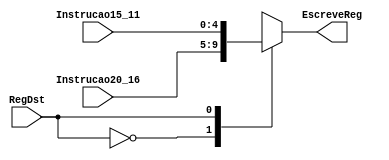
module MuxBancoRegistradores (RegDst, Instrucao20_16, Instrucao15_11, EscreveReg);

	input wire RegDst;
	input wire [4:0] Instrucao20_16, Instrucao15_11; //Memoria de Instrucoes

	output reg [4:0] EscreveReg; //Banco de Registradores

	always @(RegDst or Instrucao20_16 or Instrucao15_11) begin
		case (RegDst)
			0: EscreveReg = Instrucao20_16;
			1: EscreveReg = Instrucao15_11;
		endcase
	end
endmodule